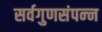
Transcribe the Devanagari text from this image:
सर्वगुणसंपन्‍न